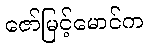
ဇော်မြင့်မောင်က